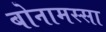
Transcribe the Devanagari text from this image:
बोनामस्सा